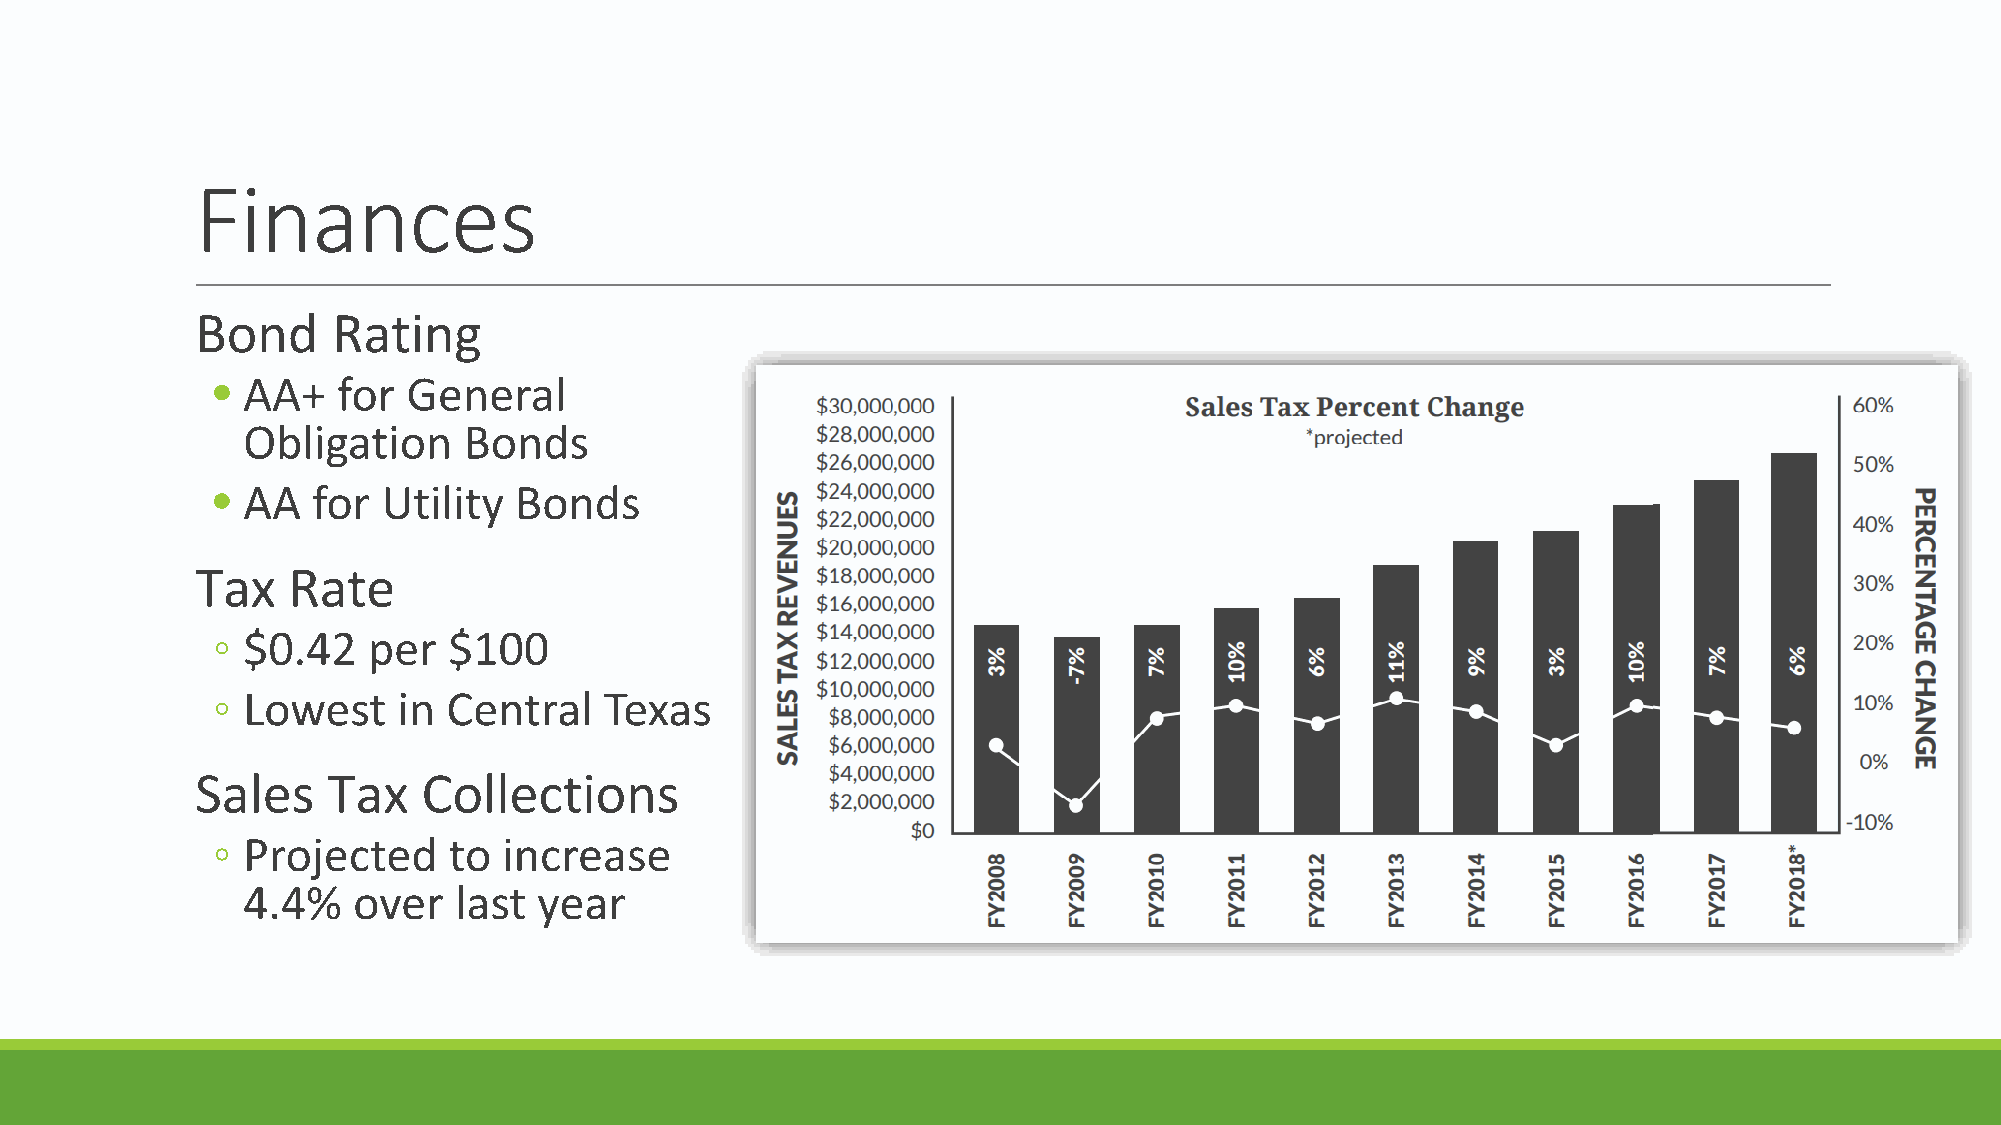
Finances
 Bond     Rating
 • AA+   for  General
 Obligation     Bonds
 • AA   for Utility  Bonds
 Tax   Rate
 ◦ $0.42   per   $100
 ◦ Lowest    in  Central   Texas
 Sales    Tax   Collections
 ◦ Projected     to increase
 4.4%   over   last  year